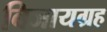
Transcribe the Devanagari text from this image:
बिजायग्रह